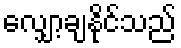
လျှော့ချနိုင်သည်